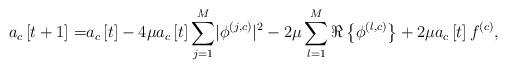
LaTeX: \begin{align*}a_c\left[t+1\right]=&a_c\left[t\right]-4\mu a_c\left[t\right]\sum_{j=1}^{M}\lvert\phi^{\left(j,c\right)}\rvert^2-2\mu\sum_{l=1}^{M}\Re\left\{\phi^{\left(l,c\right)}\right\}+2\mu a_c\left[t\right]f^{\left(c\right)}, \end{align*}